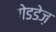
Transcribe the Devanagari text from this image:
गेडडेज़